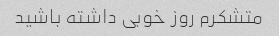
متشکرم روز خوبی داشته باشید